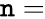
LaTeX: \mathtt{n}=